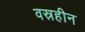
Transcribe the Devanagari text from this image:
वस्रहीन